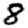
Digit: 8